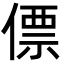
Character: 僄